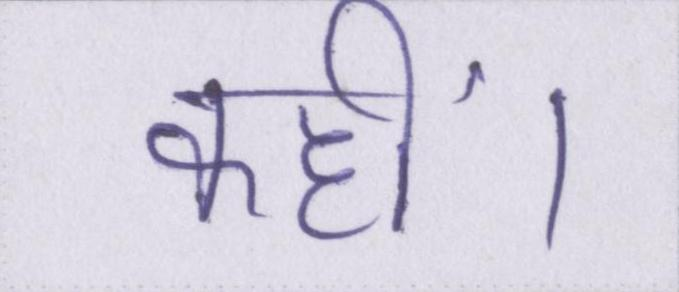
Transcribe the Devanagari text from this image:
कहीं।